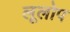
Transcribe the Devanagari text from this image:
लूलोप